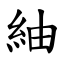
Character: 紬